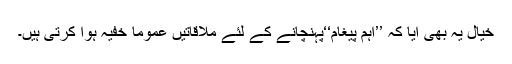
خیال یہ بھی آیا کہ ’’اہم پیغام‘‘پہنچانے کے لئے ملاقاتیں عموماََ خفیہ ہوا کرتی ہیں۔